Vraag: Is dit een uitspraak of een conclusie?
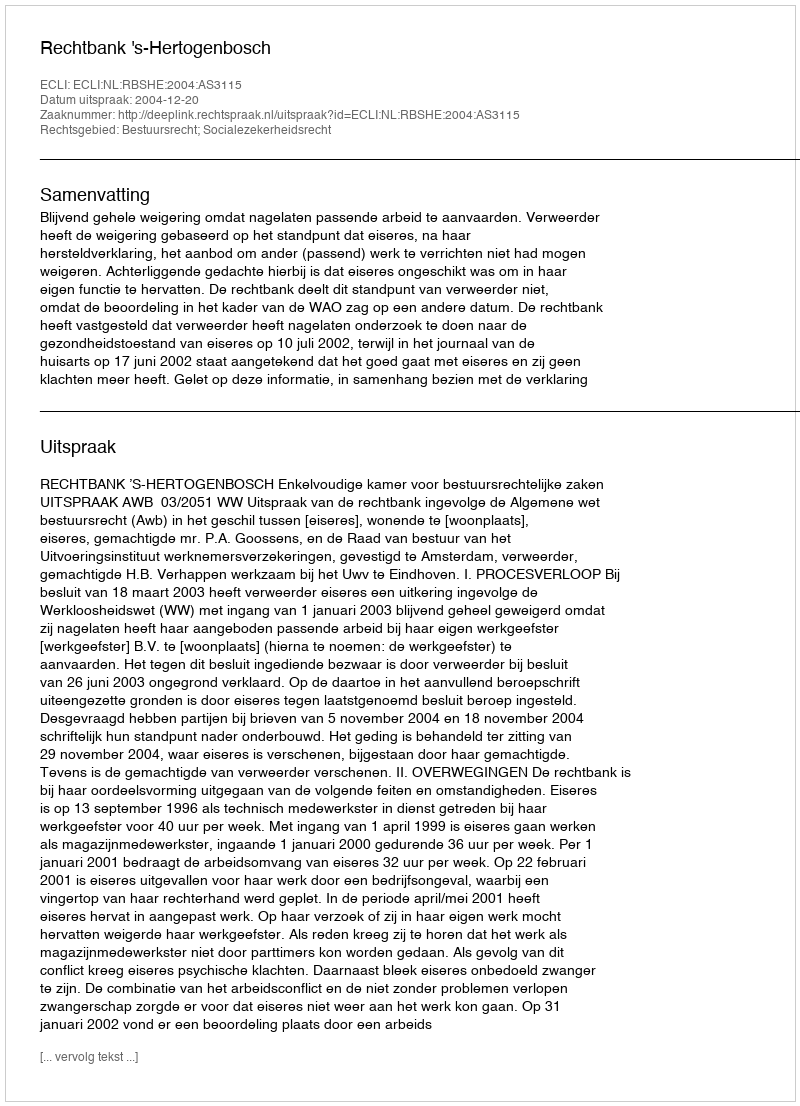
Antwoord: Uitspraak